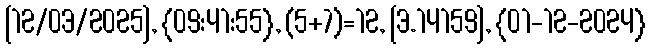
[12/03/2025], {09:41:55}, (5+7)=12, [3.14159], {01-12-2024}